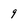
Character: 9